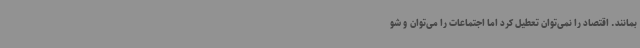
بمانند. اقتصاد را نمی‌توان تعطیل کرد اما اجتماعات را می‌توان و شو